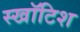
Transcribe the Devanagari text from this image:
स्खॉटिश